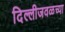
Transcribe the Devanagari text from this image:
दिल्लीजवळच्या